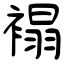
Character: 褟